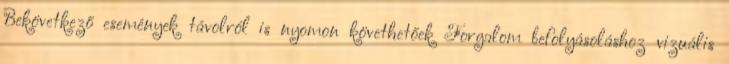
Bekövetkező események távolról is nyomon követhetőek Forgalom befolyásoláshoz vizuális